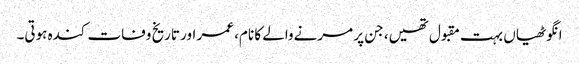
انگوٹھیاں بہت مقبول تھیں، جن پر مرنےوالے کا نام، عمر اور تاریخ وفات کندہ ہوتی۔